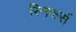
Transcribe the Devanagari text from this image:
स्निफर्स